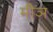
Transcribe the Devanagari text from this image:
मीञ